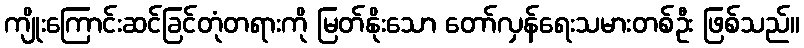
ကျိုးကြောင်းဆင်ခြင်တုံတရားကို မြတ်နိုးသော တော်လှန်ရေးသမားတစ်ဦး ဖြစ်သည်။